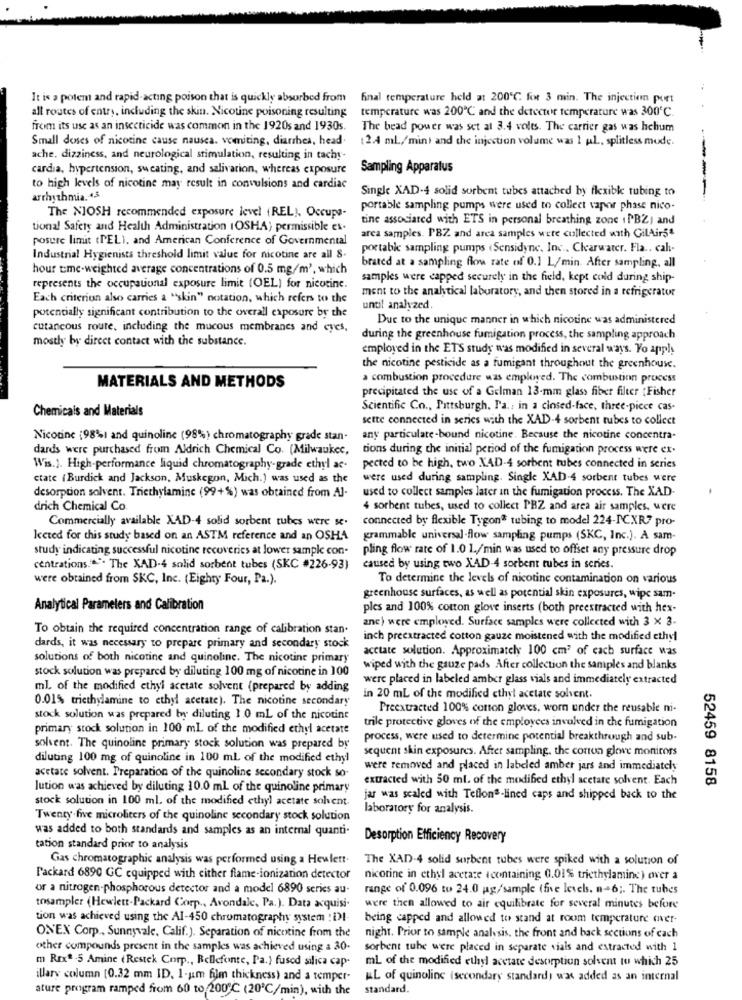
It is a potemt and rapid-acting poison that is quickly absorbed from
final temperature held at 200℃. for 3 min. The injection port
all routes of entry, including the skin. Nicotine poisoning resulting
temperature was 200℃ and the detector temperature was 300℃.
from its use as an insecticide was common in the 1920s and 1930s.
The bead power was set at 3.4 volts. The carrier gas was helium
Small doses of nicotine cause nausea. vomiting, diarrhea, head.
12.4 mL/min) and the injection volume was 1 ul ., splitless mode.
ache, dizziness, and neurological stimulation, resulting in tachy-
cardia, hypertension, sweating, and salivation, whereas exposure
Sampling Apparatus
to high levels of nicotine may result in convulsions and cardiac
Single XAD-4 solid sorbent tubes attached by flexibk tubing to
arrhythmia .- 4.3
-----
portable sampling pumps were used to collect vapor phase nico.
The NIOSH recommended exposure level (REL). Occupa-
tine associated with ETS in personal breathing zone . PBZ, and
tional Safety and Health Administration (OSHA) permissible ex-
arca samples. PBZ and area samples were collected with GilAir5ª
posure limit (PEL), and American Conference of Governmental
portable sampling pumps (Sensidyne, Inc ., Clearwater. Fla .. cah-
Industrial Hygienists threshold limit value for nicotine are all 8.
brated at a sampling flow rate of 0.1 L/min. After sampling. all
hour time-weighted average concentrations of 0.5 mg/m2, which
samples were capped securely in the field, kept cold during ship-
represents the occupational exposure limit (OEL) for nicotine.
ment to the analytical laboratory, and then stored in a refrigerator
Each criterion also carries a "skin" notation, which refers to the
until analyzed.
potentially significant contribution to the overall exposure by the
Due to the unique manner in which nicotine was administered
cutaneous route, including the mucous membranes and eyes,
mostly by direct contact with the substance.
during the greenhouse fumigation process, the sampling approach
employed in the ETS study was modified in several ways. Yo apply
the nicotine pesticide as a fumigant throughout the greenhouse.
a combustion procedure was employed. The combustion process
MATERIALS AND METHODS
precipitated the use of a Gelman 13-mm glass fiber filter {Fisher
Chemicals and Materials
Scientific Co ., Pittsburgh, Pa .: in a closed-face, three-piece cas-
sette connected in series with the XAD-4 sorbent tubes to collect
Nicotine (98%) and quinoline (98%) chromatography grade stan-
any particulate-bound nicotine. Because the nicotine concentra-
dards were purchased from Aldrich Chemical Co. (Milwaukee,
tions during the initial period of the fumigation process were ex-
Wis.). High-performance liquid chromatography-grade ethyl ac-
pected to be high, two XAD-4 sorbent tubes connected in series
ctate (Burdick and Jackson, Muskegon, Mich.) was used as the
were used during sampling. Single XAD-4 sorbent tubes were
desorption solvent. Triethylamine (99+%) was obtained from A].
used to collect samples later in the fumigation process. The XAD-
drich Chemical Co
4 sorbent tubes, used to collect PRZ and area air samples, were
Commercially available XAD-4 solid sorbent tubes were s.
connected by flexible Tygon" tubing to model 224-PCXR? pro-
lected for this study based on an ASTM reference and an OSHA
grammable universal-flow sampling pumps (SKC, Inc.). A sam-
study indicating successful nicotine recoveries at lower sample con-
pling flow rate of 1.0 1./min was used to offset any pressure drop
centrations."". The XAD-4 solid sorbent tubes (SKC #226-93)
caused by using two XAD-4 sorbent tubes in series.
were obtained from SKC, Inc. (Eighty Four, Pa.).
To determine the levels of nicotine contamination on various
greenhouse surfaces, as well as potential skin exposures, wipe sam-
Analytical Parameters and Calibration
ples and 100% cotton glove inserts (both preestracted with hex-
anc) were employed. Surface samples were collected with 3 x 3-
To obtain the required concentration range of calibration stan-
inch preextracted cotton gauze moistened with the modified ethyl
dards, it was necessary to prepare primary and secondary stock
acciate solution. Approximately 100 cm3 of each surface was
solutions of both nicotine and quinoline. The nicotine primary
stock solution was prepared by diluting 100 mg of nicotine in 100
wiped with the gauze pads After collection the samples and blanks
were placed in labeled amber glass vials and immediately extracted
ml. of the modified ethyl acetate solvent (prepared by adding
0.01% triethylamine to ethyl acetate). The nicotine secondary
in 20 ml of the modified ethyl acetate solvent.
Preextracted 100% cotton gloves, worn under the reusable mi-
stock solution was prepared by diluting 1.0 ml of the nicotine
trile protective gloves of the employees involved in the fumigation
primary stock solution in 100 ml of the modified ethyl acetate
process, were used to determine potential breakthrough and sub-
solvent. The quinoline primary stock solution was prepared by
sequent skin exposures. After sampling. the corton glove monitors
diluting 100 mg of quinoline in 100 ml of the modified ethyl
were removed and placed in labeled amber jars and immediately
acetate solvent. Preparation of the quinoline secondary stock so-
extracted with 50 ml. of the modified ethyl acetate solvent. Each
52459 8158
lution was achieved by diluting 10.0 ml of the quinoline primary
stock solution in 100 ml. of the modified ethyl acetate solvent.
jar was scaled with Teflon"-lined caps and shipped back to the
laboratory for analysis.
Twenty five microliters of the quinoline secondary stock solution
was added to both standards and samples as an internal quanti-
Desorption Efficiency Recovery
tation standard prior to analysis
Gas chromatographic analysis was performed using a Hewlett. The XAD-4 solid sorbent tubes were spiked with a solution of
Packard 6890 GC cquipped with either flame-ionization detector
nicotine in ethyl acetate (containing 0.01% triethylamine) over a
or a nitrogen-phosphorous detector and a model 6890 series au-
range of 0.096 to 24.0 g/sample (five levels. n-6 ;. The tubes
tosampler (Hewlett-Packard Corp ., Avondale, Pa.). Data acquisi-
were then allowed to air equilibrate for several minutes before
tion was achieved using the Al-450 chromatography system : DI-
being capped and allowed to stand at room temperature over-
ON'EN Corp ., Sunnyvale, Calif.). Separation of nicotine from the
night. Prior to sample analysis, the front and back sections of cach
other compounds present in the samples was achieved using a 30-
sorbent tube were placed in separate vials and extracted with 1
m Rex" -5 Amine (Restck Corp ., Bellefonte, Pa.} fused silica cap-
mL of the modified ethyl acetate desorption solvent to which 25
illary column [0.32 mm ID, 1-um film thickness) and a temper-
AL of quinoline (secondary standard) was added as an internal
ature program ramped from 60 to 200℃ (20℃/min), with the
standard.